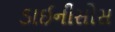
ડાઈનીસોસ